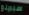
سبرينغ